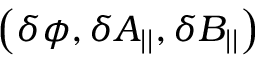
\left( \delta \phi , \delta A _ { | | } , \delta B _ { | | } \right)